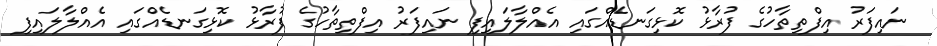
ނައިފަރު އިފްތިތާހުގެ ފުރާޅު ކޮޅިގަނޑެއްގައި އެއްލާލައިފި ނައިފަރު އިފްތިތާހުގެ ފުރާޅު ކޮޅިގަނޑެއްގައި އެއްލާލައިފި